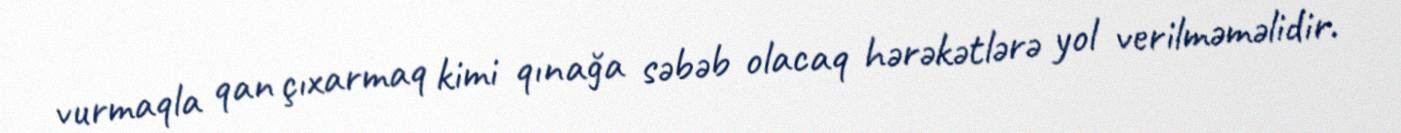
vurmaqla qan çıxarmaq kimi qınağa səbəb olacaq hərəkətlərə yol verilməməlidir.